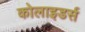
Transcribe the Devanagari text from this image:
कोलाइडर्स